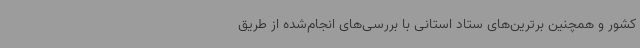
کشور و همچنین برترین‌های ستاد استانی با بررسی‌های انجام‌شده از طریق